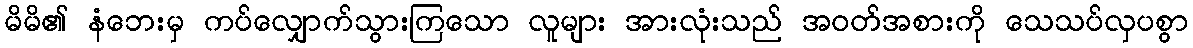
မိမိ၏ နံဘေးမှ ကပ်လျှောက်သွားကြသော လူများ အားလုံးသည် အဝတ်အစားကို သေသပ်လှပစွာ